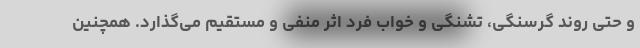
و حتی روند گرسنگی، تشنگی و خواب فرد اثر منفی و مستقیم می‌گذارد. همچنین